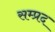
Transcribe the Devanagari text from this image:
सम्प्रद